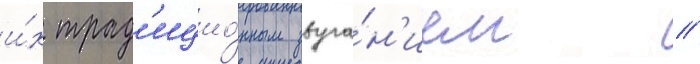
и́х трад'ицио́нным звуча́н'ием //